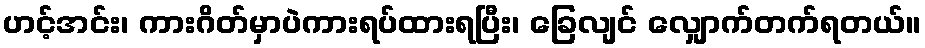
ဟင့်အင်း၊ ကားဂိတ်မှာပဲကားရပ်ထားရပြီး၊ ခြေလျင် လျှောက်တက်ရတယ်။